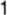
1